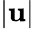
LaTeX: |\mathbf{u}|